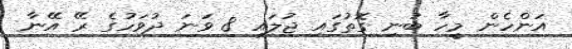
އަންހެން މީހާ ބުނި ގޮތުގައި ޖުލައި 8 ވަނަ ދުވަހުގެ ރޭ އޭނާ